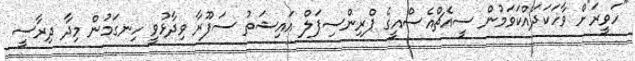
"ހަވީރަ"ށް ވާހަކަދައްކަވަމުން ސީއެޗްއެސްއީގެ ޕްރިންސިޕަލް އައިޝަތު ސަފޫރާ ވިދާޅުވީ ހިނގަމުން މިދާ ދިރާސީ